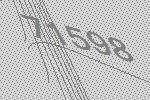
71598